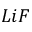
L i F